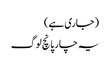
(جاری ہے)
یہ چار پانچ لوگ